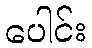
ပေါင်း